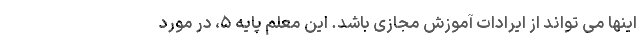
اینها می تواند از ایرادات آموزش مجازی باشد. این معلم پایه ۵، در مورد